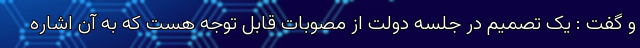
و گفت : یک تصمیم در جلسه دولت از مصوبات قابل توجه هست که به آن اشاره